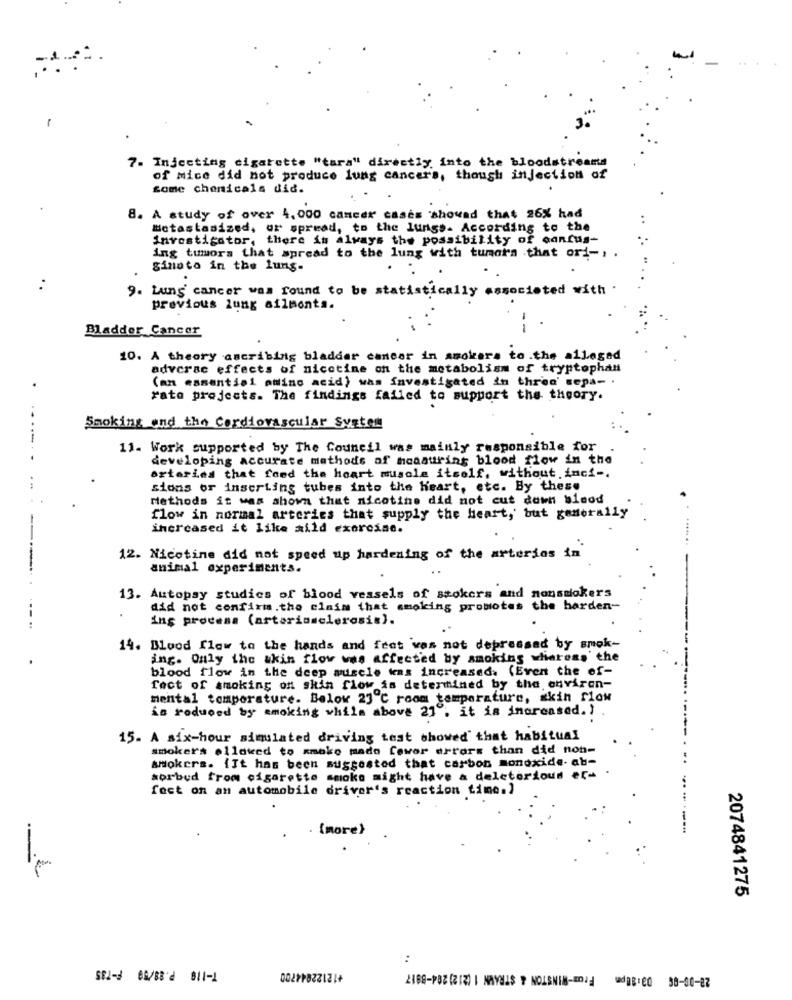
7. Injecting cigarette "tara" directly into the bloodstreams
of mice did not produce lung cancers, though injection of
Some chemicals did.
8. A study of over 4,000 cancer cases showed that 26% had
Metastasized, or spread, to the lungs- According to the
investigator, there is always the possibility of concus-
ing tumors that spread to the lung with tumors that ori -, .
ginato in the lung.
9. Lung cancer was found to be statistically associated with .
previous lung ailments.
Bladder Cancer
--
10. A theory ascribing bladder cancer in smokers to the alleged
adverse effects of nicotine on the metabolism of tryptophan
(an essential amino acid) was investigated in three' sepa- .
rato projects. The findings failed to support the theory.
Smoking end the Cardiovascular System
11. Work supported by The Council was mainly responsible for
developing accurate methods of hoaauring blood flow in the
arteries that feed the heart muscle itself, without inci -.
sions or inserting tubes into the heart, etc. By these
Methods it was shown that nicotine did not cut down blood
flow in normal arteries that supply the heart, but generally
increased it like mild exoreine.
12. Nicotine did not speed up hardening of the arterios in
animal experiments.
13. Autopsy studies of blood vessels of stokers and nonsmokers
did not confirms.the claim that smoking promotes the harden-
ing process (arteriosclerosis).
14. Blood flow to the hands and feet was not depressed by smok-
ing. Only the akin flow was affected by smoking whiaress' the
blood flow in the deep muscle kens increased. (Even the of-
Tect of smoking on skin flow is determined by the environ-
mental temperature. Below 23 ℃ room temperature, skin flow
is reduced by smoking vhils above 21 ; it is increased. )
15. A six-hour simulated driving test showed that habitual
smokers allowed to smoke mado Cower errors than did non-
smokers. {It has been suggested that carbon monoxide- ab-
sorbud from cigarette smoke might have a deleterious er-
fect on an automobile driver's reaction time.)
. {more)
---
2074841275
:
de0 38-00-27